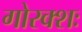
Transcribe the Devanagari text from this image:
गोरक्शः